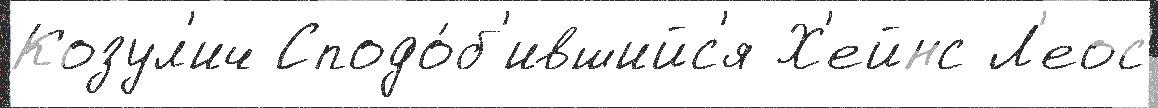
Козул'ич Сподо́б'ившийс'я Х'ейнс Л'еос